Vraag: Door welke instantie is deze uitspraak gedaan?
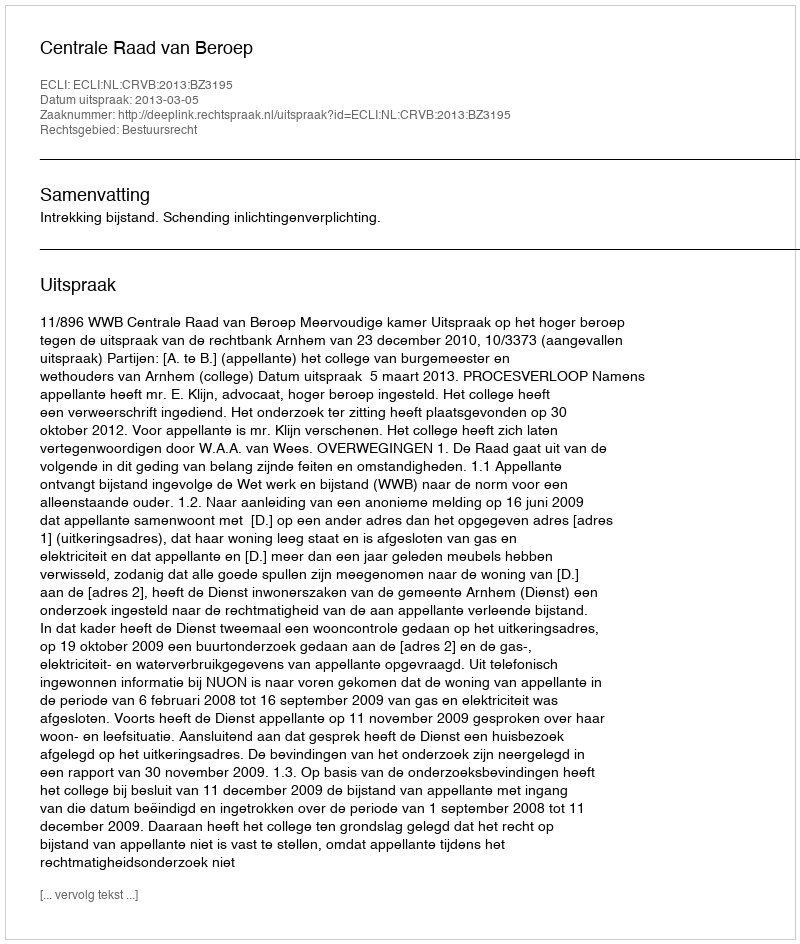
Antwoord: Centrale Raad van Beroep